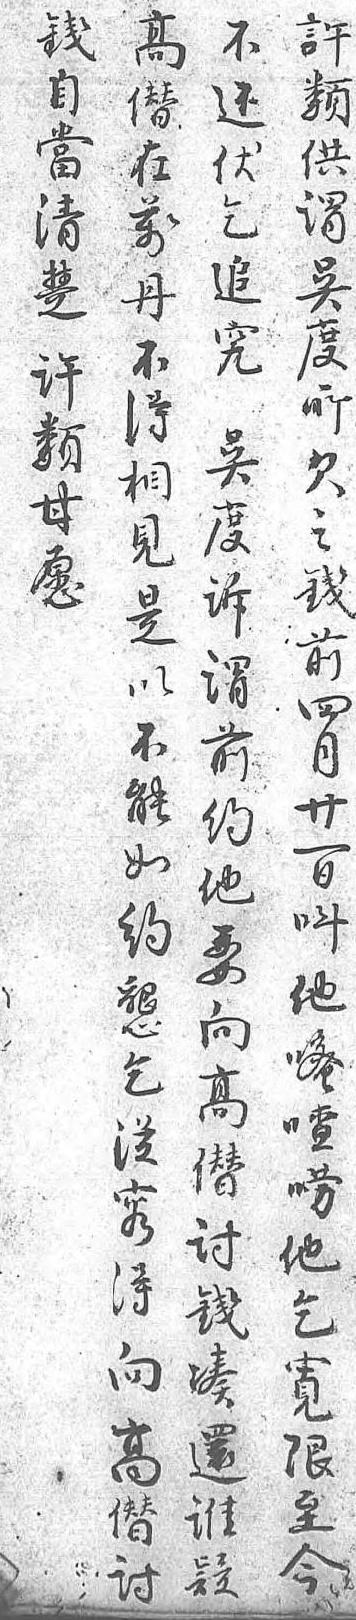
高許自不僭類當還在供清伏萬謂楚乞丹吴許追不度類究得所甘吴相欠願度見之 訴是錢 謂以前 前不四 約能月 他如廿 要約一 向懇日 高乞叫 僭從他 討容嘧 錢得喳 湊向嘮 還高他 誰僭乞 疑討寬  錢限  自至  當今  清   楚